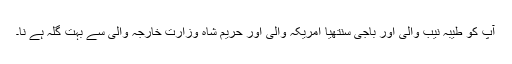
آپ کو طیبہ نیب والی اور باجی سنتھیا امریکہ والی اور حریم شاہ وزارت خارجہ والی سے بہت گلہ ہے نا۔